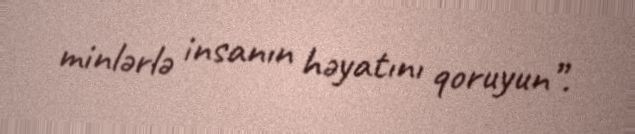
minlərlə insanın həyatını qoruyun”.